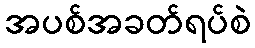
အပစ်အခတ်ရပ်စဲ